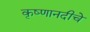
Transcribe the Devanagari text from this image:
कृष्णानदीचे